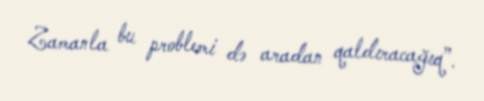
Zamanla bu problemi də aradan qaldıracağıq”.